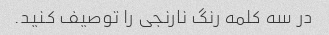
در سه کلمه رنگ نارنجی را توصیف کنید.